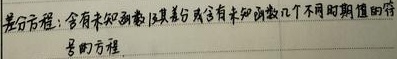
差分方程：含有未知函数及其差分或含有未知函数几个不同时期值的代号的方程